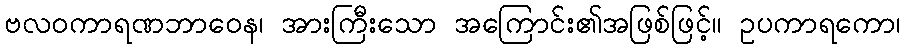
ဗလဝကာရဏဘာဝေန၊ အားကြီးသော အကြောင်း၏အဖြစ်ဖြင့်။ ဥပကာရကော၊